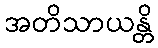
အတိသာယန္တိ